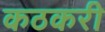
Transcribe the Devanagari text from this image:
कठकरी